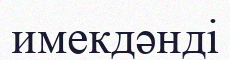
имекдәнді